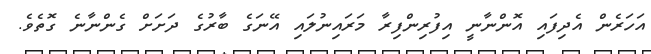
އަހަރެން އެދިފައި އޮންނާނީ އިފުރިންފިރާ މަރައިނުލައި އޭނަގެ ބާރުގެ ދަށަށް ގެންނާނެ ގޮތެވެ.